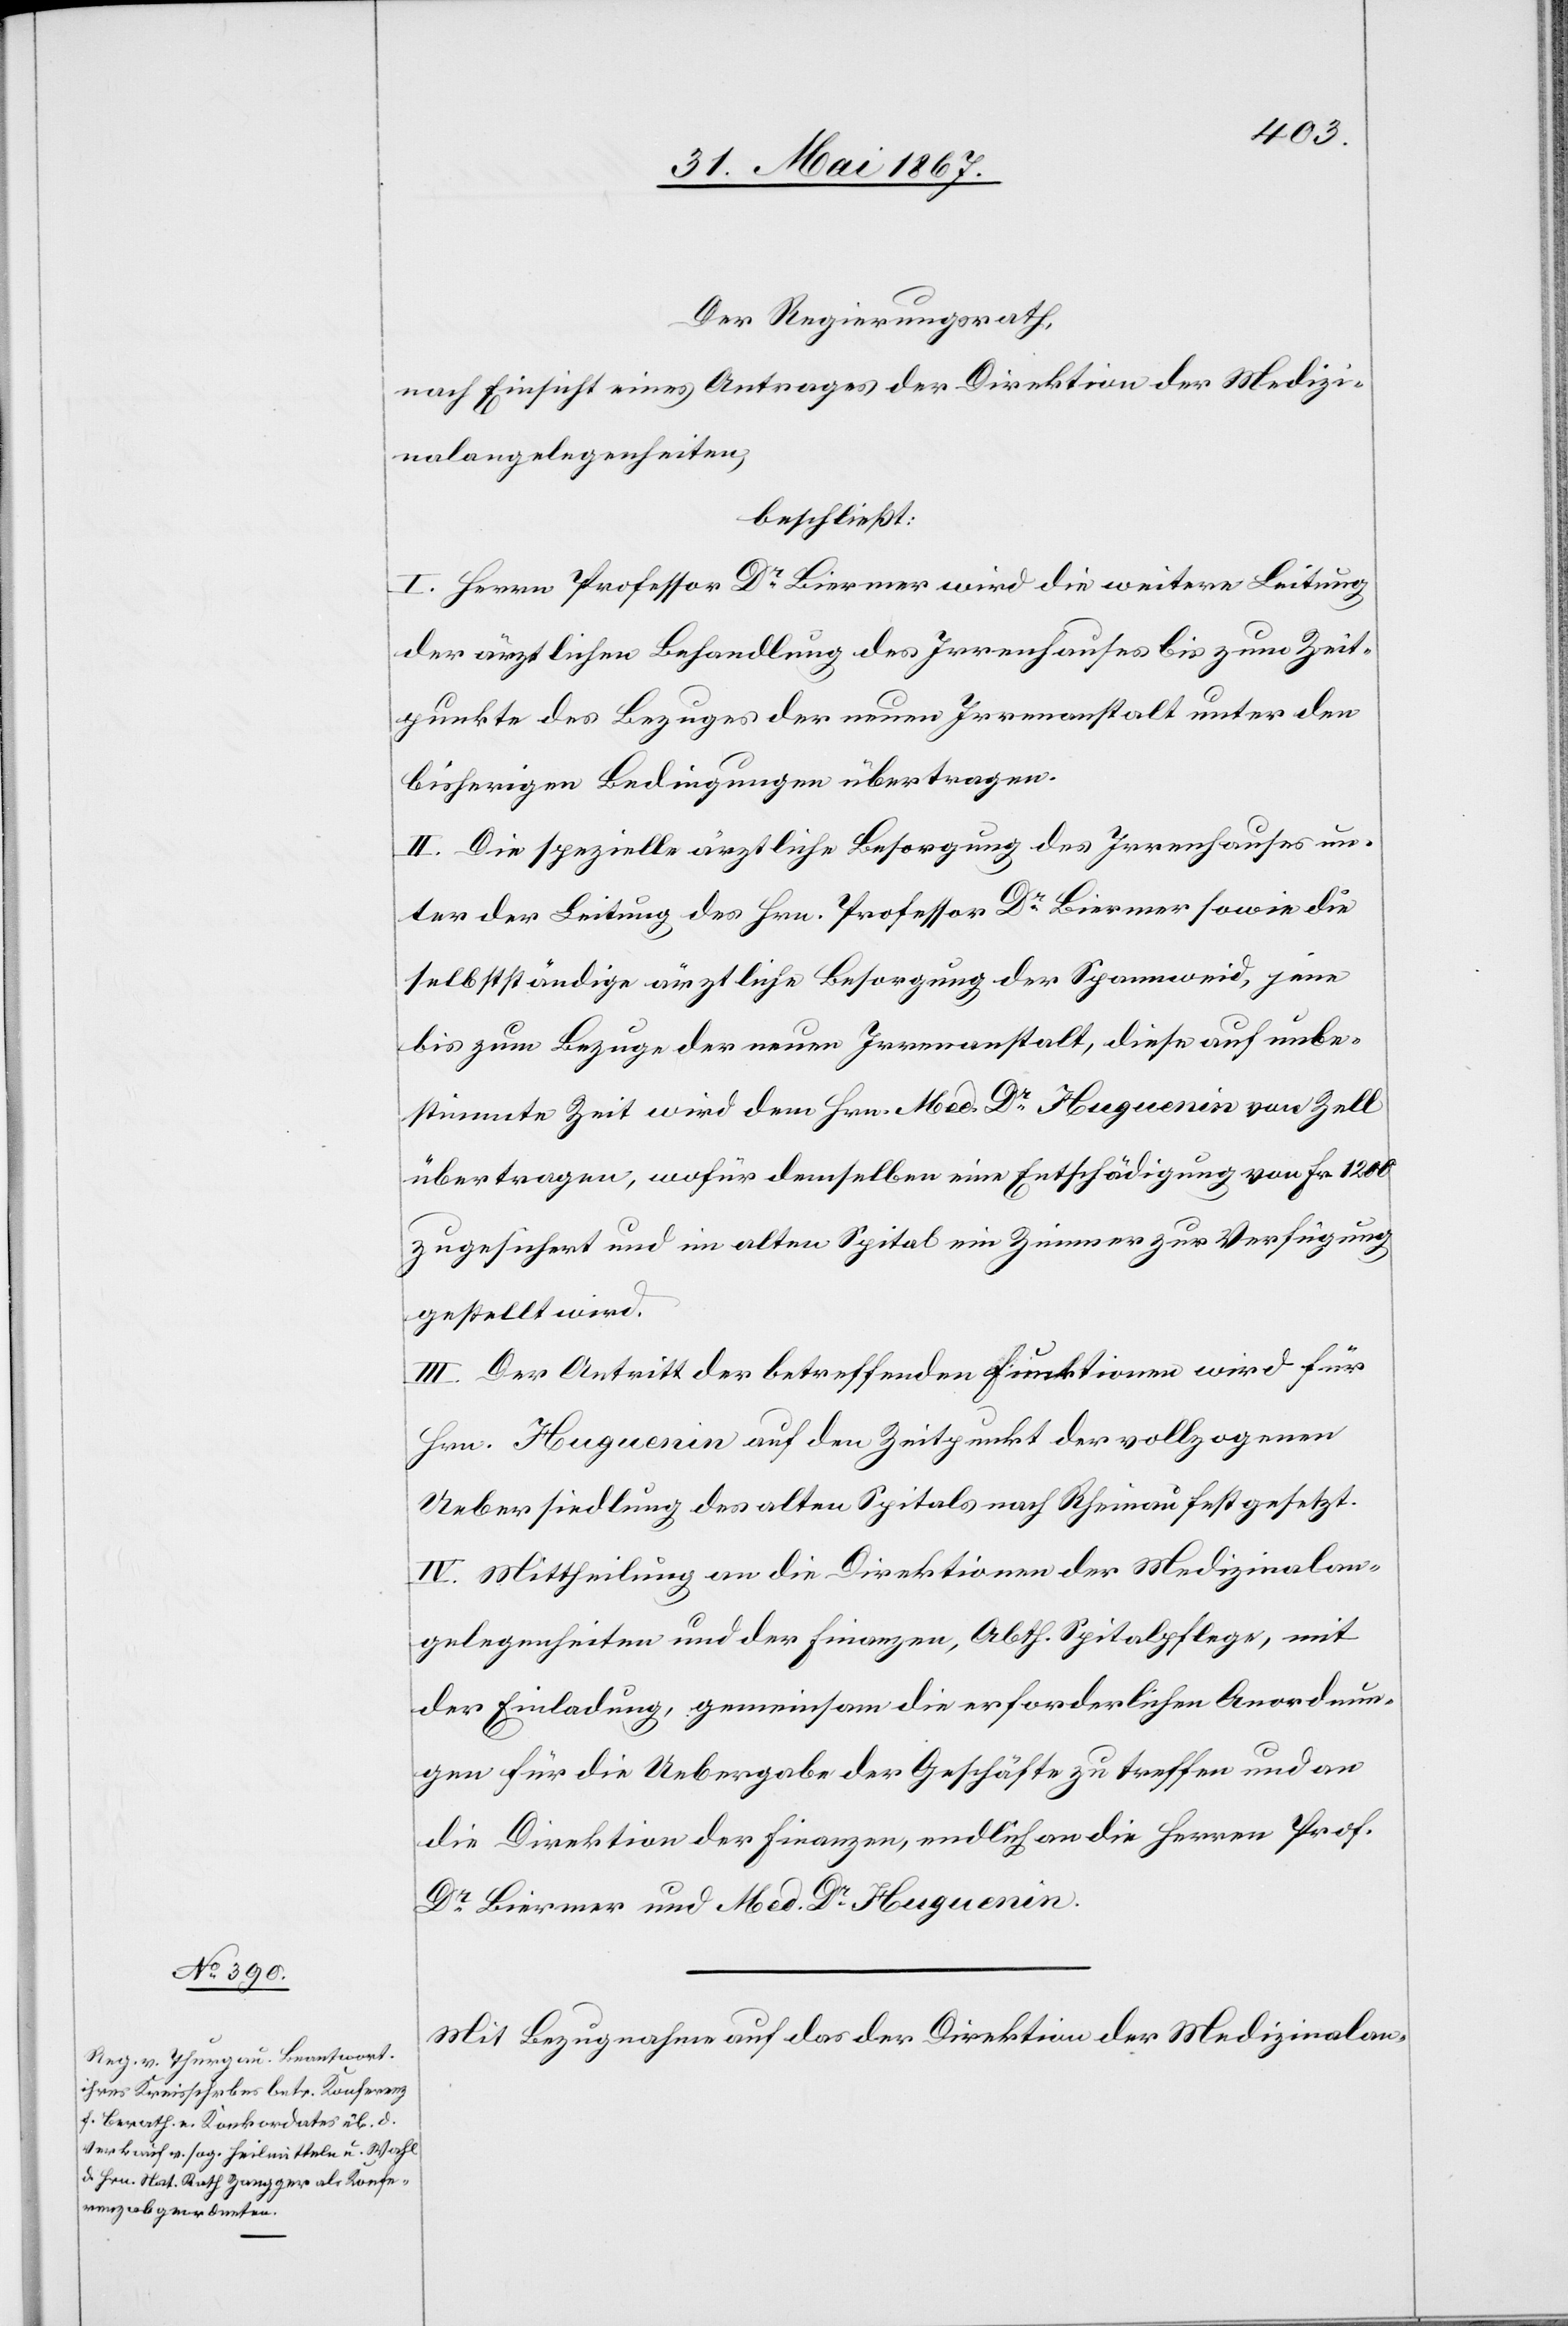
Der Regierungsrath,
nach Einsicht eines Antrages der Direktion der Medizi¬
nalangelegenheiten,
beschließt:
I. Herrn Professor Dr. Biermer wird die weitere Leitung
der ärztlichen Behandlung des Irrenhauses bis zum Zeit¬
punkte des Bezuges der neuen Irrenanstalt unter den
bisherigen Bedingungen übertragen.
II. Die spezielle ärztliche Besorgung des Irrenhauses un¬
ter der Leitung des Hrn. Professor Dr. Biermer sowie die
selbstständige ärztliche Besorgung der Spannweid, jene
bis zum Bezuge der neuen Irrenanstalt, diese auf unbe¬
stimmte Zeit wird dem Hrn. Med. Dr. Huguenin von Zell
übertragen, wofür demselben eine Entschädigung von Fr. 1200
zugesichert und im alten Spital ein Zimmer zur Verfügung
gestellt wird.
III. Der Antritt der betreffenden Funktionen wird für
Hrn. Huguenin auf den Zeitpunkt der vollzogenen
Uebersiedlung des alten Spitals nach Rheinau festgesetzt.
IV. Mittheilung an die Direktionen der Medizinalan¬
gelegenheiten und der Finanzen, Abth. Spitalpflege, mit
der Einladung, gemeinsam die erforderlichen Anordnun¬
gen für die Uebergabe der Geschäfte zu treffen und an
die Direktion der Finanzen, endlich an die Herren Prof.
Dr. Biermer und Med. Dr. Huguenin.
Mit Bezugnahme auf das der Direktion der Medizinalan-